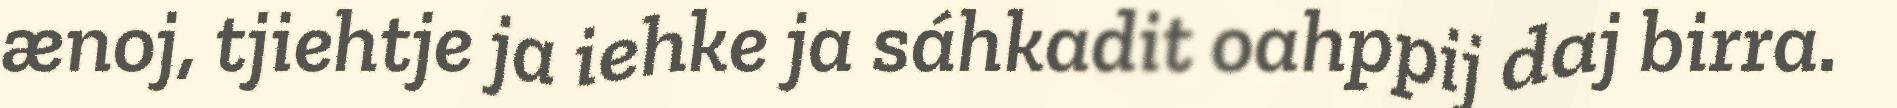
ænoj, tjiehtje ja iehke ja sáhkadit oahppij daj birra.